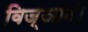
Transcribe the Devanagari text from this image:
विज्ञानं।